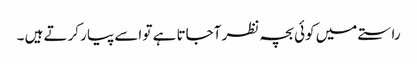
راستے میں کوئی بچہ نظر آجاتا ہے تو اسے پیار کرتے ہیں ۔